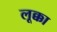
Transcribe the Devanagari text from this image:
लूक्का